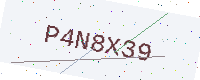
Text: P4N8X39